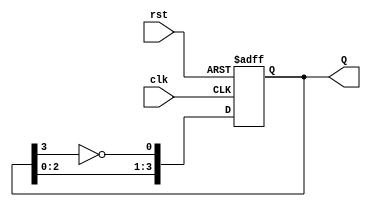
module johnson_counter #(
    parameter N = 4  // Number of flip-flops, must be even
) (
    input wire clk,    // Clock input
    input wire rst,    // Asynchronous reset input
    output reg [N-1:0] Q // Output state of the counter
);

// Internal signal to hold the inverted output of the last flip-flop
wire feedback;

// Assign feedback as the inverted output of the last flip-flop
assign feedback = ~Q[N-1];

always @(posedge clk or posedge rst) begin
    if (rst) begin
        // Asynchronous reset: set all outputs to 0
        Q <= {N{1'b0}};
    end else begin
        // Shift the state and feed back the inverted last flip-flop output
        Q <= {Q[N-2:0], feedback};
    end
end

endmodule